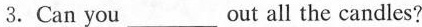
3.Can you___out all the candles?